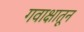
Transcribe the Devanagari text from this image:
गवाक्षातून